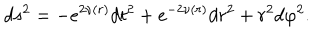
d s ^ { 2 } = - e ^ { 2 \nu ( r ) } d t ^ { 2 } + e ^ { - 2 \nu ( r ) } d r ^ { 2 } + r ^ { 2 } d \varphi ^ { 2 } .